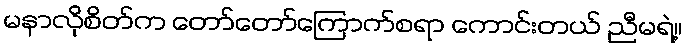
မနာလိုစိတ်က တော်တော်ကြောက်စရာ ကောင်းတယ် ညီမရဲ့။